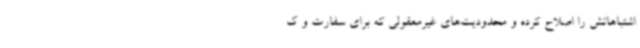
اشتباهاتش را اصلاح کرده و محدودیت‌های غیرمعقولی که برای سفارت و ک